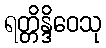
ရတ္တိန္ဒိဝေသု